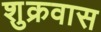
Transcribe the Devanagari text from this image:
शुक्रवास